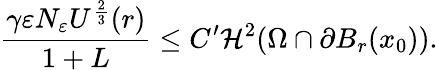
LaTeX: \frac{\gamma\varepsilon N_{\varepsilon}U^{\frac{2}{3}}(r)}{1+L}\leq C^{\prime}\mathcal{H}^{2}(\Omega\cap\partial B_{r}(x_{0})).